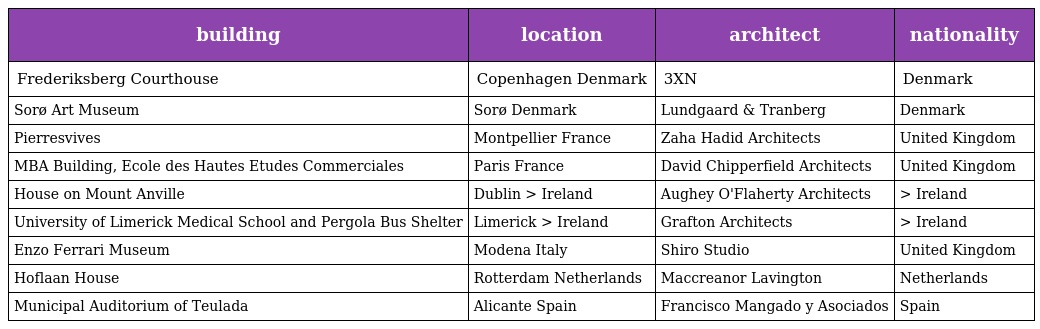
| building | location | architect | nationality |
 | --- | --- | --- | --- |
 | Frederiksberg Courthouse | Copenhagen Denmark | 3XN | Denmark |
 | Sorø Art Museum | Sorø Denmark | Lundgaard & Tranberg | Denmark |
 | Pierresvives | Montpellier France | Zaha Hadid Architects | United Kingdom |
 | MBA Building, Ecole des Hautes Etudes Commerciales | Paris France | David Chipperfield Architects | United Kingdom |
 | House on Mount Anville | Dublin > Ireland | Aughey O'Flaherty Architects | > Ireland |
 | University of Limerick Medical School and Pergola Bus Shelter | Limerick > Ireland | Grafton Architects | > Ireland |
 | Enzo Ferrari Museum | Modena Italy | Shiro Studio | United Kingdom |
 | Hoflaan House | Rotterdam Netherlands | Maccreanor Lavington | Netherlands |
 | Municipal Auditorium of Teulada | Alicante Spain | Francisco Mangado y Asociados | Spain |